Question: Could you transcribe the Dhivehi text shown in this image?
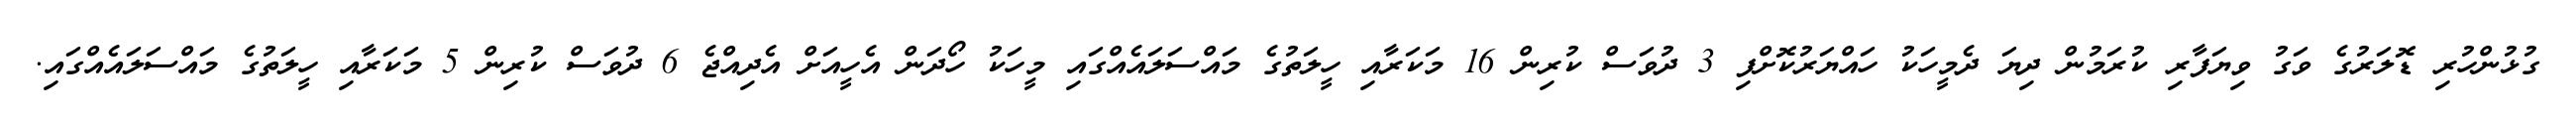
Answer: ގުޅުންހުރި ޑޮލަރުގެ ވަގު ވިޔަފާރި ކުރަމުން ދިޔަ ދެމީހަކު ހައްޔަރުކޮށްފި 3 ދުވަސް ކުރިން 16 މަކަރާއި ހީލަތުގެ މައްސަލައެއްގައި މީހަކު ހޯދަން އެހީއަށް އެދިއްޖެ 6 ދުވަސް ކުރިން 5 މަކަރާއި ހީލަތުގެ މައްސަލައެއްގައި.